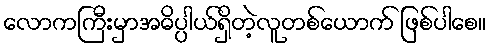
လောကကြီးမှာအဓိပ္ပါယ်ရှိတဲ့လူတစ်ယောက် ဖြစ်ပါစေ။